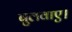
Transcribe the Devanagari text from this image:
बुलवाए।